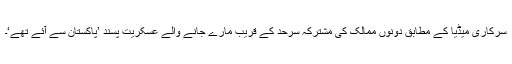
سرکاری میڈیا کے مطابق دونوں ممالک کی مشترکہ سرحد کے قریب مارے جانے والے عسکریت پسند ’پاکستان سے آئے تھے‘۔